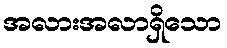
အလားအလာရှိသော